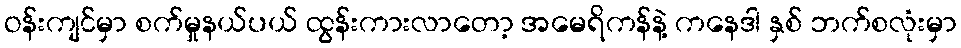
ဝန်းကျင်မှာ စက်မှုနယ်ပယ် ထွန်းကားလာတော့ အမေရိကန်နဲ့ ကနေဒါ နှစ် ဘက်စလုံးမှာ